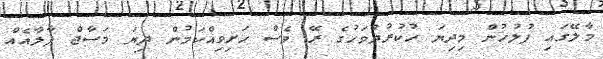
މާލޭގައި ފުލުހުން މިދިޔަ ހުކުރުދުވަހުގެ ރޭ ވެސް ހަށިވިއްކަމުން ދިޔަ މަސާޖް ޕާލާއެއް